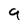
Character: 9